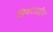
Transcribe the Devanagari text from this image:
जियाउददीन